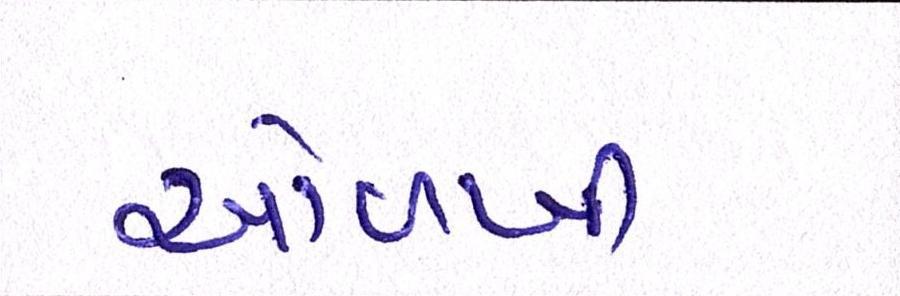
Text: ઓળખી